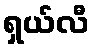
ရှယ်လီ